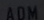
ADM